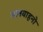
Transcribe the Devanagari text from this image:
सातवाहनो